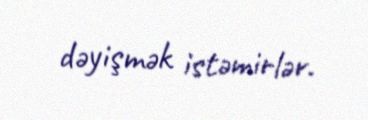
dəyişmək istəmirlər.